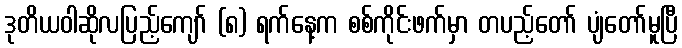
ဒုတိယဝါဆိုလပြည့်ကျော် (၈) ရက်နေ့က စစ်ကိုင်းဖက်မှာ တပည့်တော် ပျံတော်မူပြီ